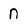
Character: n